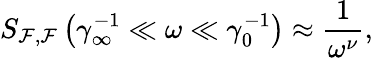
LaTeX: S_{\mathcal{F},\mathcal{F}}\left(\gamma_{\infty}^{-1}\ll\omega\ll\gamma_{0}^{-1}\right)\approx\frac{1}{\omega^{\nu}},